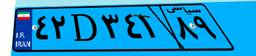
۰۲D۸۹۵۶۸